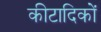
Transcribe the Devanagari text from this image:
कीटादिकों